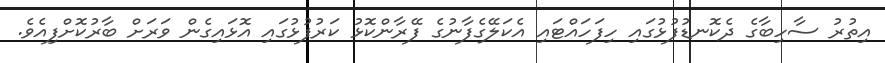
އިތުރު ސާހިބާގެ ދެކޮނޑުފުޅުގައި ހިފަހައްޓައި އެކަލޭގެފާނުގެ ފޭރާންކޮޅު ކަރުފުޅުގައި އޮޅައިގެން ވަރަށް ބާރުކޮށްފިއެވެ.